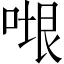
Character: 𭈷